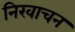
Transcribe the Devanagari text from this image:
निरवाचन